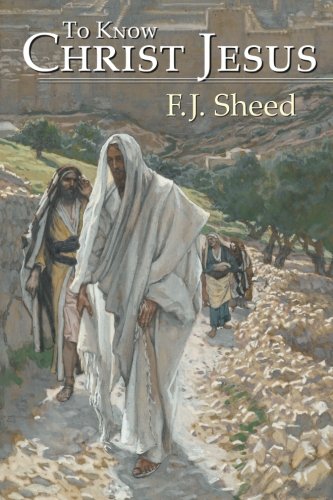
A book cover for To Know Christ Jesus; F. J. Sheed; Christian Books & Bibles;